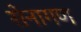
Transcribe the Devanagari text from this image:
सेनागण